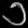
Digit: ၁